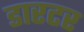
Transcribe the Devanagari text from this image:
डारटर